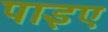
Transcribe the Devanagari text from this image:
पाइए